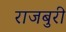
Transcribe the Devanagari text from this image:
राजबुरी